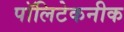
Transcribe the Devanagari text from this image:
पॉलिटेकनीक